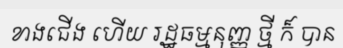
ខាងជើង ហើយ រដ្ឋធម្មនុញ្ញ ថ្មី ក៏ បាន